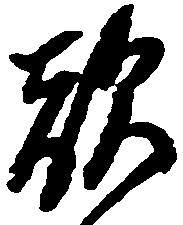
敵